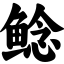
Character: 鲶